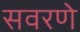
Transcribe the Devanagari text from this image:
सवरणे